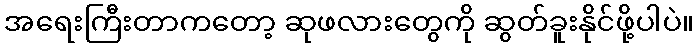
အရေးကြီးတာကတော့ ဆုဖလားတွေကို ဆွတ်ခူးနိုင်ဖို့ပါပဲ။